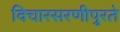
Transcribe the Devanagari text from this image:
विचारसरणीपुरते